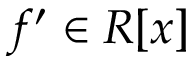
f ^ { \prime } \in R [ x ]